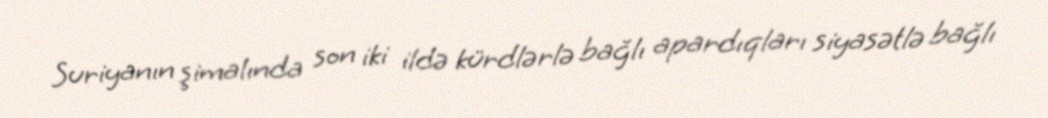
Suriyanın şimalında son iki ildə kürdlərlə bağlı apardıqları siyasətlə bağlı